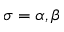
\sigma = \alpha , \beta